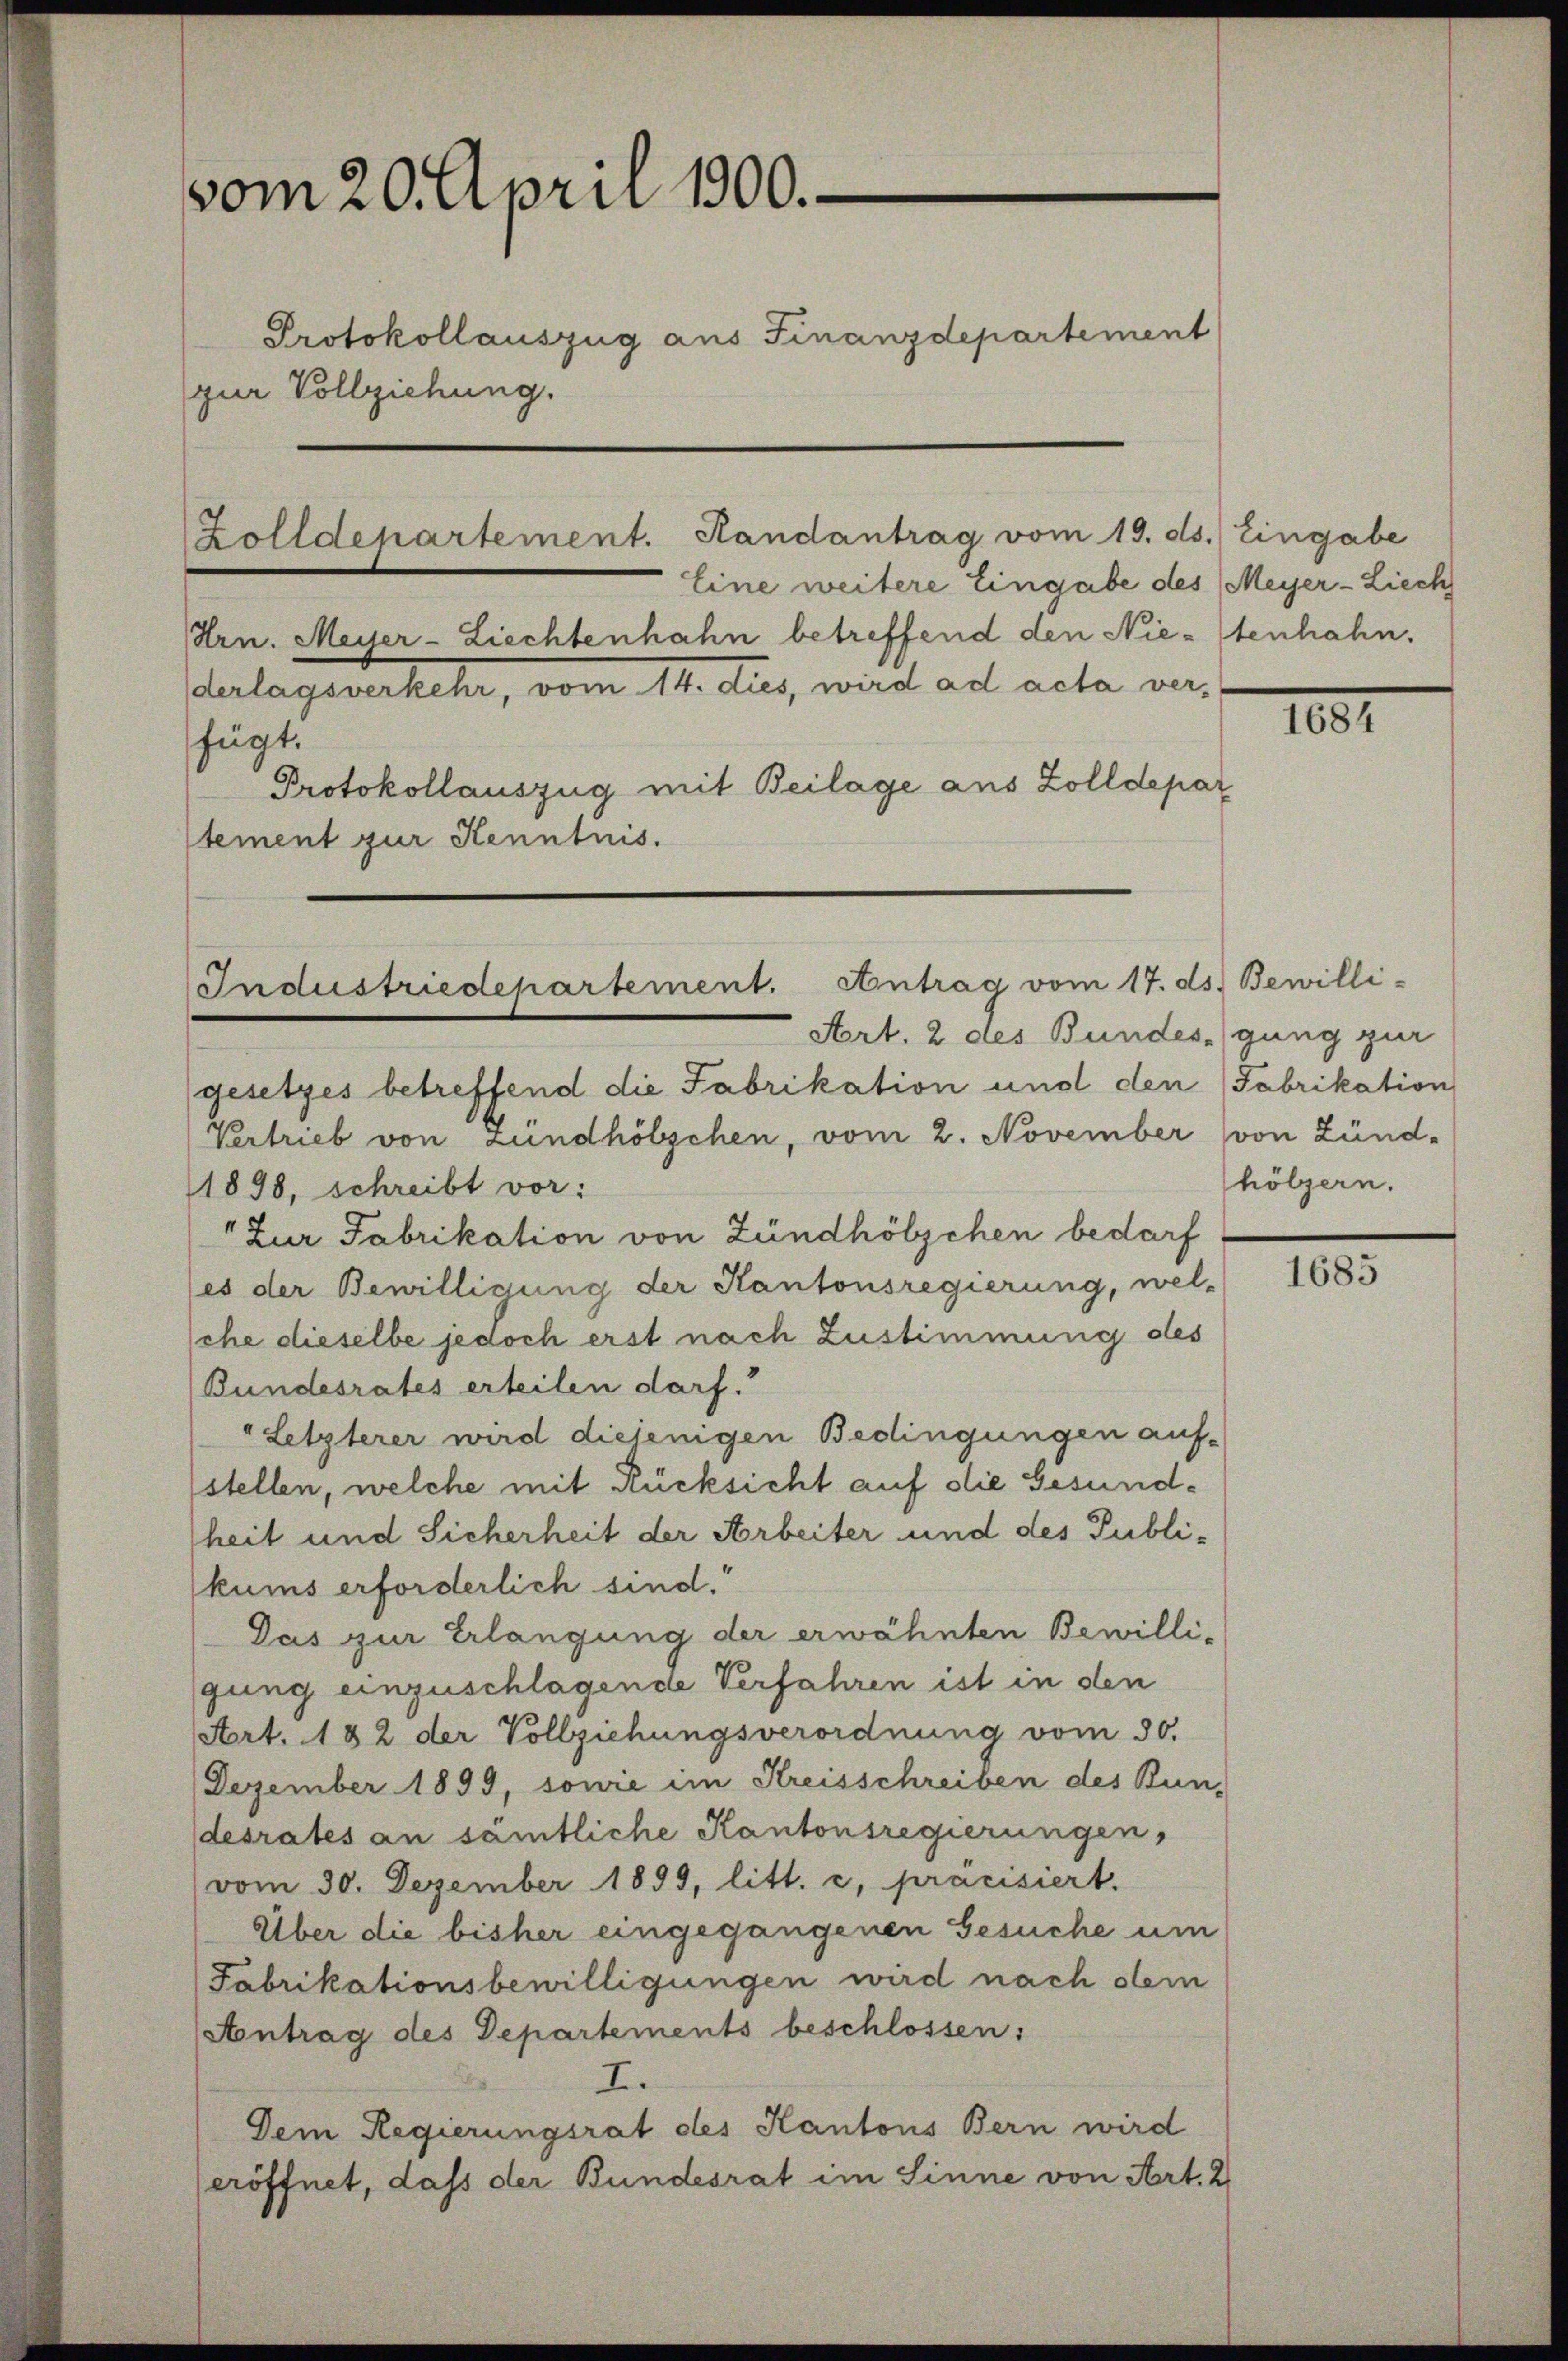
vom 20. April 1900.
Protokollauszug aus Finanzdepartement
zur Vollziehung.

Zolldepartement. Randantrag vom 19. ds. Eingabe

Eine weitere Eingabe des Meyer-Ziech
Hrn. Meiler-Ziechtenhahn betreffend den Nie-Itenhahn,
derlagsverkehr, vom 14. dies, wird ad acta verfügt.
Protokollauszug mit Beilage aus Zolldepar
tement zur Kenntnis.

Industriedepartement. Antrag vom 17. ds. Bewilli-

Art. 2 des Bundesgung zur

gesetzes betreffend die Fabrikation und den (Fabrikation
Vertrieb von Zündhölzchen, vom 2. November von Zünd-
1898, schreibt vor:
Zur Fabrikation von Zündhölzchen bedarf
es der Bewilligung der Kantonsregierung, wel-
che dieselbe jedoch erst nach Zustimmung des
Bundesrates erteilen darf.
Letzterer wird diejenigen Bedingungen auf-
stellen, welche mit Rücksicht auf die Gesundheit und Sicherheit der Arbeiter und des Publikums erforderlich sind.
Das zur Erlangung der erwähnten Bewilli-
gung einzuschlagende Verfahren ist in den
Art. 182 der Vollziehungsverordnung vom 30.
Dezember 1899, sowie im Kreisschreiben des Bun-
desrates an sämtliche Kantonsregierungen,
vom 30. Dezember 1899, litt. c, präcisiert.
Über die bisher eingegangenen Gesuche um
Fabrikationsbewilligungen wird nach dem
Antrag des Departements beschlossen:
I.
Dem Regierungsrat des Kantons Bern wird
eröffnet, dass der Bundesrat im Sinne von Art. 2

1801

hölzern.

1685